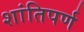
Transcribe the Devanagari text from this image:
शांतिपर्ण